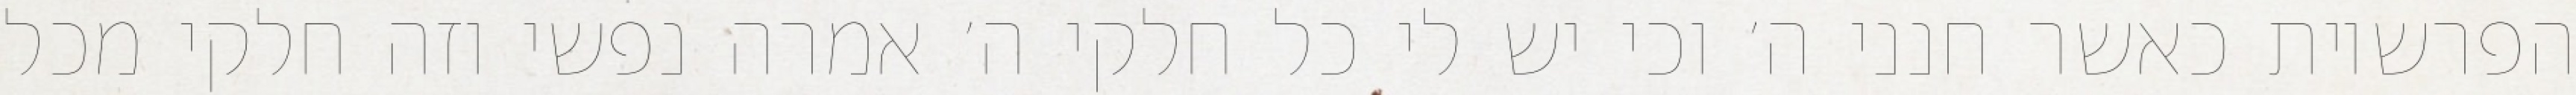
הפרשיות כאשר חנני ה׳ וכי יש לי כל חלקי ה׳ אמרה נפשי וזה חלקי מכל